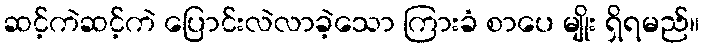
ဆင့်ကဲဆင့်ကဲ ပြောင်းလဲလာခဲ့သော ကြားခံ စာပေ မျိုး ရှိရမည်။